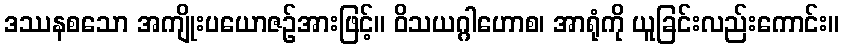
ဒဿနစသော အကျိုးပယောဇဉ်အားဖြင့်။ ဝိသယဂ္ဂါဟောစ၊ အာရုံကို ယူခြင်းလည်းကောင်း။